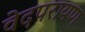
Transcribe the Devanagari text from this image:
वेदपरायण